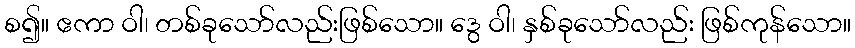
စ၍။ ဧကာ ဝါ၊ တစ်ခုသော်လည်းဖြစ်သော။ ဒွေ ဝါ၊ နှစ်ခုသော်လည်း ဖြစ်ကုန်သော။